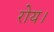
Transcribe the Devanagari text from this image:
रोय।